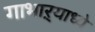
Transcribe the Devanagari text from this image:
गाभाऱ्याध्ये